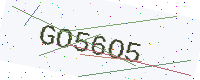
Text: GO56O5